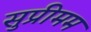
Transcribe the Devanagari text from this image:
सुप्रीमम